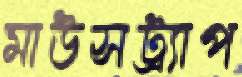
মাউসট্র্যাপ